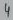
Text: 4